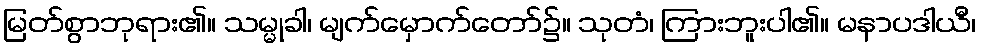
မြတ်စွာဘုရား၏။ သမ္မုခါ၊ မျက်မှောက်တော်၌။ သုတံ၊ ကြားဘူးပါ၏။ မနာပဒါယီ၊